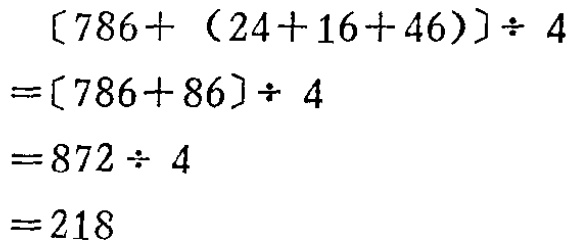
\[
\begin{align*}
[786+(24 + 16+46)]\div4&=[786 + 86]\div4\\
&=872\div4\\
&=218
\end{align*}
\]